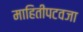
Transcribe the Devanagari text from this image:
माहितीपटवजा